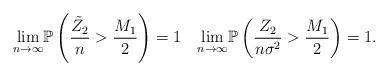
LaTeX: \begin{align*}\underset{n \rightarrow \infty}{\lim}\mathbb{P}\left(\frac{\tilde{Z}_2}{n}>\frac{M_1}{2}\right)=1\ \ \ \underset{n \rightarrow \infty}{\lim} \mathbb{P}\left(\frac{Z_2}{n\sigma^2}>\frac{M_1}{2}\right)=1.\end{align*}